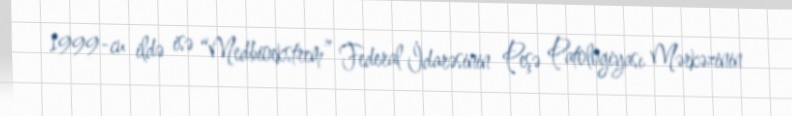
1999-cu ildə isə “Medbioekstrem” Federal İdarəsinin Peşə Patologiyası Mərkəzinin